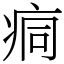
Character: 痌